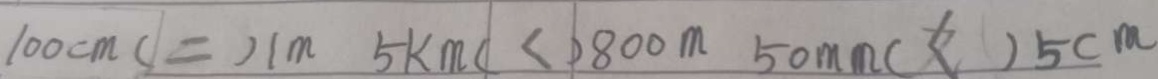
1 0 0 c m ( = ) 1 m 5 k m ( < ) 8 0 0 m 5 0 m m ( < ) 5 c m